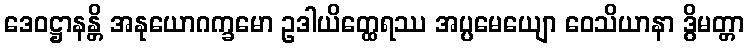
ဒေဝဋ္ဌာနန္တိ အနုယောဂက္ခမော ဥဒါယိတ္ထေရဿ အပ္ပမေယျော ဝေသိယာနာ ဒွိမတ္တာ